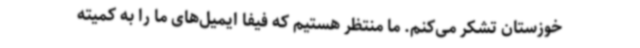
خوزستان تشکر می‌کنم. ما منتظر هستیم که فیفا ایمیل‌های ما را به کمیته